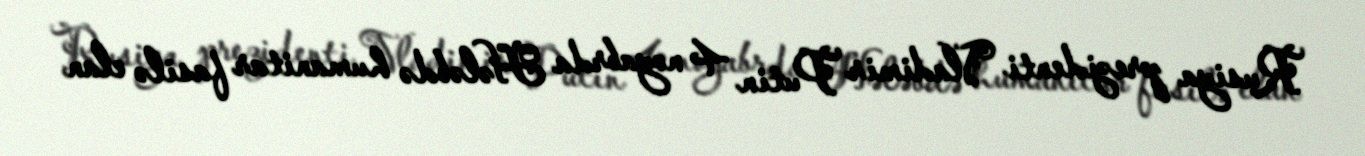
Rusiya prezidenti Vladimir Putin 4 noyabrda Hələbdə humanitar fasilə elan